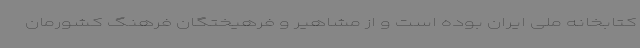
کتابخانه ملی ایران بوده است و از مشاهیر و فرهیختگان فرهنگ کشورمان